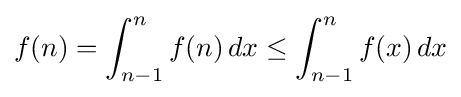
f(n)=\int _{n-1}^{n}f(n)\,dx\leq \int _{n-1}^{n}f(x)\,dx